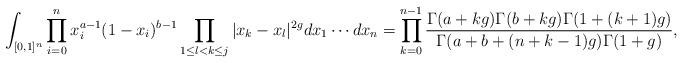
LaTeX: \begin{align*} \int_{[0,1]^n}\prod_{i=0}^n x_i^{a-1} (1-x_i)^{b-1}\prod_{1\leq l<k\leq j}|x_k-x_l|^{2g} dx_1\cdots dx_n = \prod_{k=0}^{n-1}\frac{\Gamma(a+kg)\Gamma(b+kg)\Gamma(1+(k+1)g)}{\Gamma(a+b+(n+k-1)g)\Gamma(1+g)},\end{align*}